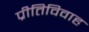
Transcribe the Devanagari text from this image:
प्रीतिविवाह